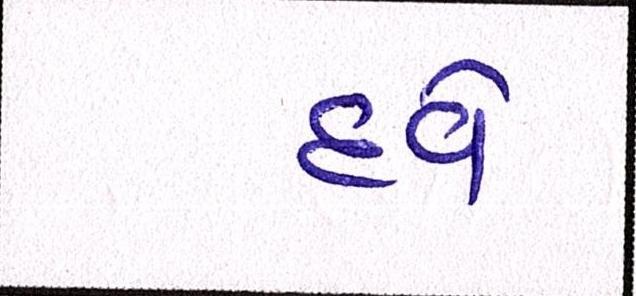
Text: દવે